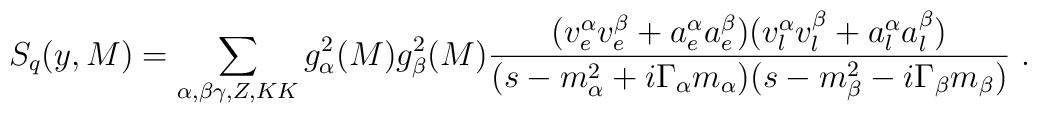
S_q (y, M)= \sum_{\alpha ,\beta\gamma, Z, KK}g^2_{\alpha}(M) g^2_{\beta}(M) {(v^{\alpha}_e v^{\beta}_e+a^{\alpha}_e a^{\beta}_e)(v^{\alpha}_l v^{\beta}_l + a^{\alpha}_la^{\beta}_l) \over (s -m^2_{\alpha} + i\Gamma{_\alpha}m_{\alpha})(s-m^2_{\beta} - i\Gamma_{\beta} m_{\beta})} \ .